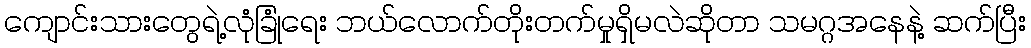
ကျောင်းသားတွေရဲ့လုံခြုံရေး ဘယ်လောက်တိုးတက်မှုရှိမလဲဆိုတာ သမဂ္ဂအနေနဲ့ ဆက်ပြီး